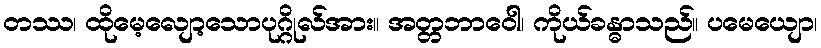
တဿ၊ ထိုမေ့လျော့သောပုဂ္ဂိုလ်အား။ အတ္တဘာဝေါ၊ ကိုယ်ခန္ဓာသည်။ ပမေယျော၊